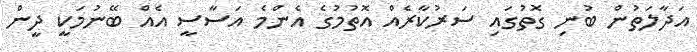
އަދާލަތުން ބުނި ގޮތުގައި ސަރުކާރެއް އޮތުމުގެ އެންމެ އަސާސީ އެއް ބޭނުމަކީ ދީން